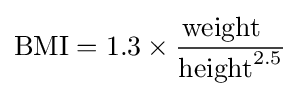
{\text{BMI}}=1.3\times {\frac {{\text{weight}}\,\,\,\,}{{\text{height}}^{2.5}}}